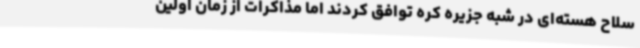
سلاح هسته‌ای در شبه جزیره کره توافق کردند اما مذاکرات از زمان اولین